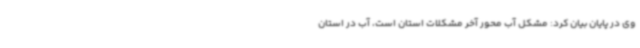
وی در پایان بیان کرد: مشکل آب محور آخر مشکلات استان است، آب در استان